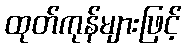
ထုတ်ကုန်များဖြင့်